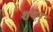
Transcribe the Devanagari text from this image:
शयनं